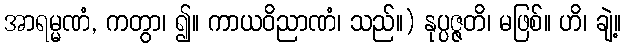
အာရမ္မဏံ, ကတွာ၊ ၍။ ကာယဝိညာဏံ၊ သည်။) နုပ္ပဇ္ဇတိ၊ မဖြစ်။ ဟိ၊ ချဲ့။